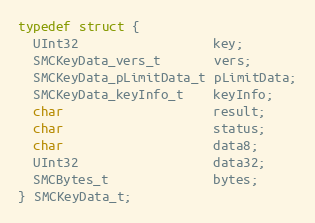
Language: C
typedef struct {
  UInt32                  key;
  SMCKeyData_vers_t       vers;
  SMCKeyData_pLimitData_t pLimitData;
  SMCKeyData_keyInfo_t    keyInfo;
  char                    result;
  char                    status;
  char                    data8;
  UInt32                  data32;
  SMCBytes_t              bytes;
} SMCKeyData_t;